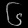
Digit: ၆